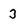
Character: 3